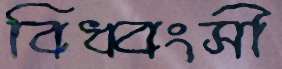
বিধ্বংসী